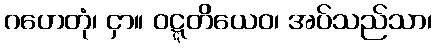
ဂဟေတုံ၊ ငှာ။ ဝဋ္ဋတိယေဝ၊ အပ်သည်သာ၊